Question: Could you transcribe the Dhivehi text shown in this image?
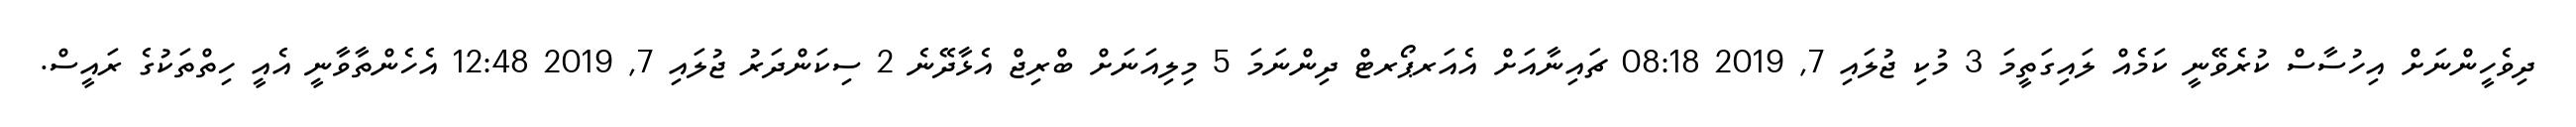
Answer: ދިވެހީންނަށް އިހުސާސް ކުރެވޭނީ ކަމެއް ލައިގަތީމަ 3 މުކި ޖުލައި 7, 2019 08:18 ޗައިނާއަށް އެއަރޕޯރޓް ދިންނަމަ 5 މިލިއަނަށް ބްރިޖް އެޅާދޭނެ 2 ސިކަންދަރު ޖުލައި 7, 2019 12:48 އެހެންތާވާނީ އެއީ ހިތްތަކުގެ ރައީސް.